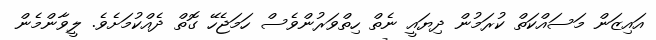
އައިޒަން މަސައްކަތް ކުރަމުން ދިޔައީ ނެތް ހިތްވަރުންވެސް ހަމަޖެހޭ ގޮތް ދެއްކުމަށެވެ. ލީވާންމެން